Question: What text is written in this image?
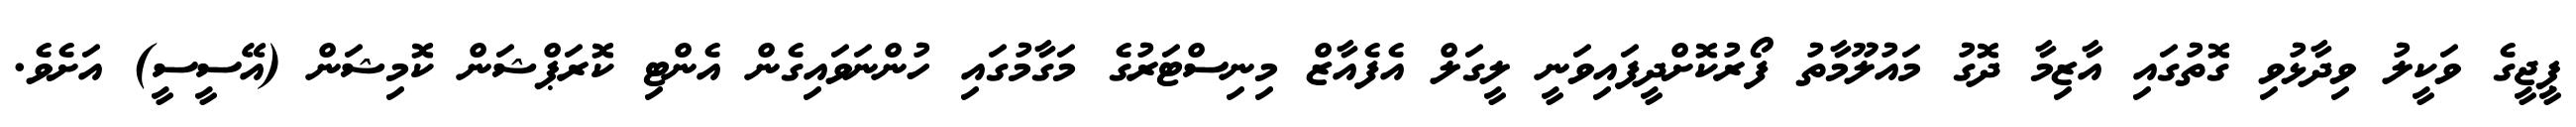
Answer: ޕީޖީގެ ވަކީލު ވިދާޅުވި ގޮތުގައި އާޒިމާ ދޮގު މައުލޫމާތު ފޯރުކޮށްދީފައިވަނީ ލީގަލް އެފެއާޒް މިނިސްޓަރުގެ މަގާމުގައި ހުންނަވައިގެން އެންޓި ކޮރަޕްޝަން ކޮމިޝަން (އޭސީސީ) އަށެވެ.